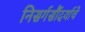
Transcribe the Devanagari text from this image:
निसर्गसौंदर्याचे